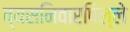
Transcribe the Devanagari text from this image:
व्यसनिवारपिल्ले